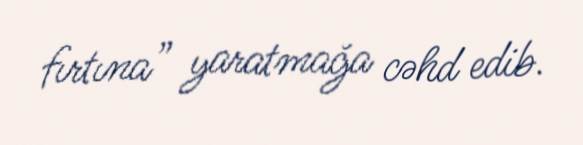
fırtına” yaratmağa cəhd edib.